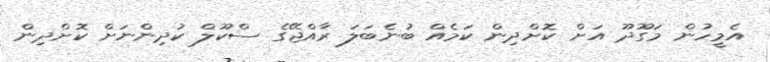
އެމީހުން މަގޫދޫ އަށް ކޮށްދިން ކަމެއް ބުނެބަލަ ރާއްޖޭގެ ސްކޫލް ކުދިންނަށް ކޮށްދިން